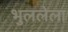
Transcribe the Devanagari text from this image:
भुललेला